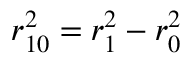
r _ { 1 0 } ^ { 2 } = r _ { 1 } ^ { 2 } - r _ { 0 } ^ { 2 }